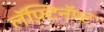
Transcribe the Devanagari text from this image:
लॅफ़्टिनॅण्ट